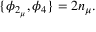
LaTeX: \{ \phi _ { 2 _ { \mu } } , \phi _ { 4 } \} = 2 n _ { \mu } .